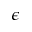
\epsilon